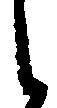
し